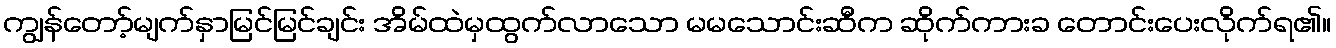
ကျွန်တော့်မျက်နှာမြင်မြင်ချင်း အိမ်ထဲမှထွက်လာသော မမသောင်းဆီက ဆိုက်ကားခ တောင်းပေးလိုက်ရ၏။